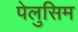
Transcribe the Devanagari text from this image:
पेलुसिम